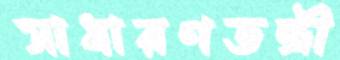
সাধারণতন্ত্রী